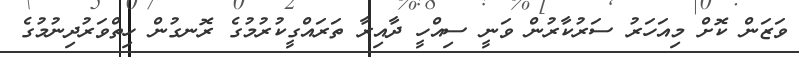
ވަޒަން ކޮށް މިއަހަރު ސަރުކާރުން ވަނީ ސިއްހީ ދާއިރާ ތަރައްގީކުރުމުގެ ރޮނގުން ހިތްވަރުދިނުމުގެ